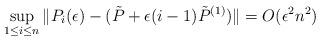
LaTeX: \begin{align*}\sup_{1\le i \le n} \| P_i(\epsilon) - (\tilde{P}+\epsilon(i-1)\tilde{P}^{(1)}) \| = O(\epsilon^{2}n^2) \end{align*}